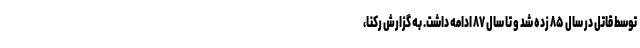
توسط قاتل در سال ۸۵ زده شد و تا سال ۸۷ ادامه داشت. به گزارش رکنا،